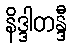
နိဒ္ဒါတန္ဒီ